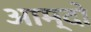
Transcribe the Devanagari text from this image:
आम्दो